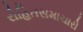
રોહિતસમાચારો